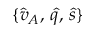
\{ \hat { v } _ { A } , \, \hat { q } , \, \hat { s } \}